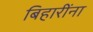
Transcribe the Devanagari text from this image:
बिहारींना